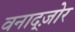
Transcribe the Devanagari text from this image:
वनाद्ज़ोर